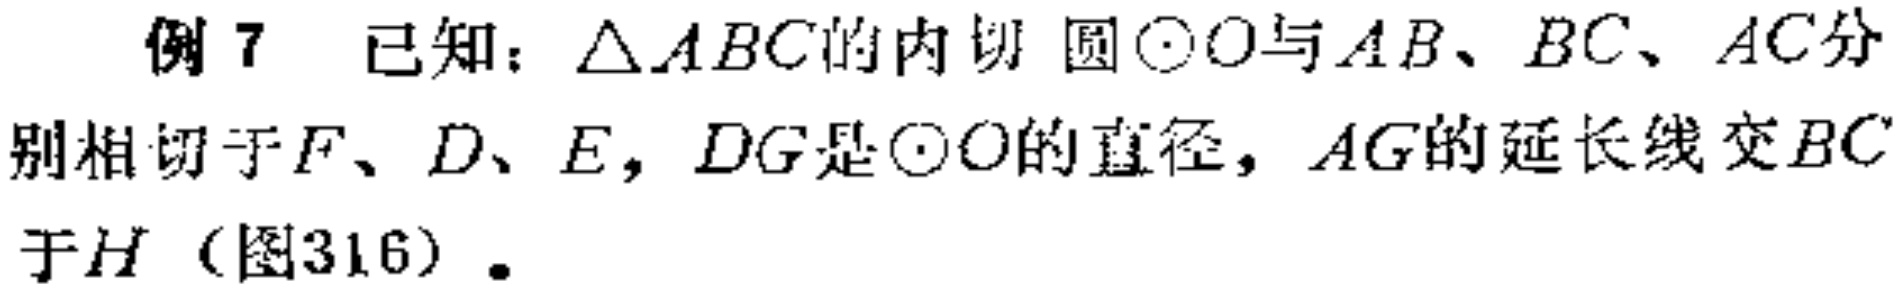
例 7 已知：$\triangle ABC$的内切圆$\odot O$与$AB$、$BC$、$AC$分别相切于$F$、$D$、$E$，$DG$是$\odot O$的直径，$AG$的延长线交$BC$于$H$（图316）。